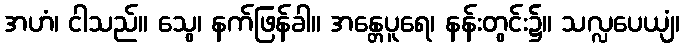
အဟံ၊ ငါသည်။ သွေ၊ နက်ဖြန်ခါ။ အန္တေပူရေ၊ နန်းတွင်း၌။ သလ္လပေယျံ၊